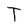
Character: T